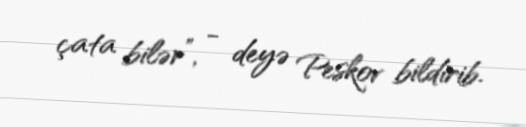
çata bilər”, - deyə Peskov bildirib.